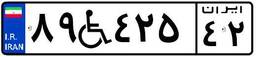
۸۹W۴۲۵۴۲